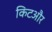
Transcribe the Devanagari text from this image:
किटऔर